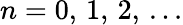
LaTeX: n=0,\, 1,\, 2,\, ...